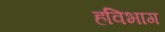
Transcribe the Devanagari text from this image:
हविभाग